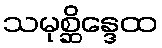
သမုစ္ဆိန္ဒေထ